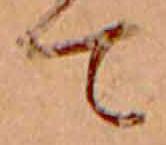
て